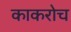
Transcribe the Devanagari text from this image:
काकरोच